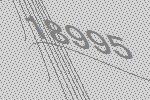
18995